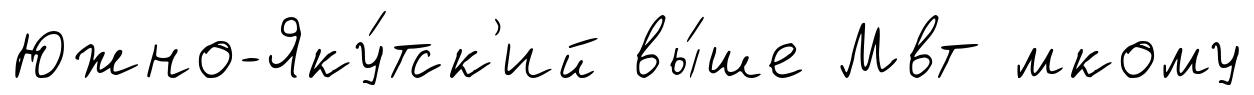
Южно-Яку́тск'ий вы́ше Мвт ́мкому